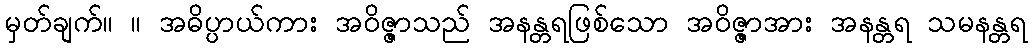
မှတ်ချက်။ ။ အဓိပ္ပာယ်ကား အဝိဇ္ဇာသည် အနန္တရဖြစ်သော အဝိဇ္ဇာအား အနန္တရ သမနန္တရ